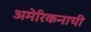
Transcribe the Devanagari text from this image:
अमेरिकनाची